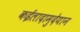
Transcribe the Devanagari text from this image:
कईलादामुदेयान